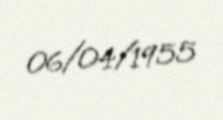
06/04/1955